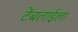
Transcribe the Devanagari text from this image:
टेंबलाईला